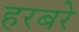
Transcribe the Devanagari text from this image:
हरबरे